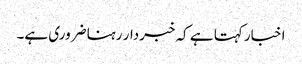
اخبار کہتا ہے کہ خبردار رہنا ضروری ہے۔